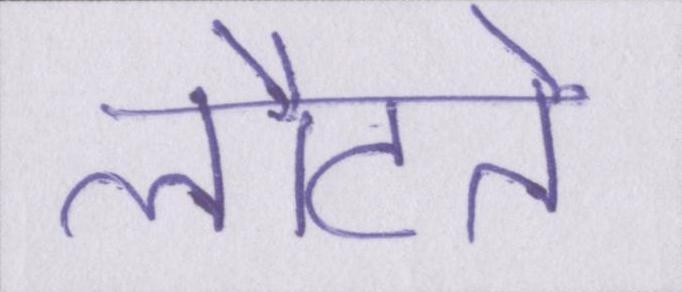
लौटते